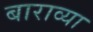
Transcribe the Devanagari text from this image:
बाराव्‍या